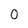
Character: 0